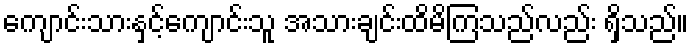
ကျောင်းသားနှင့်ကျောင်းသူ အသားချင်းထိမိကြသည်လည်း ရှိသည်။